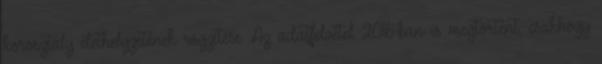
korosztály élethelyzetének rögzítése. Az adatfelvétel 2016-ban is megtörtént, csakhogy